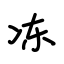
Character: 冻